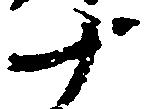
十